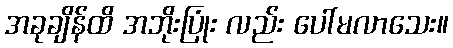
အခုချိန်ထိ အဘိုးပြုံး လည်း ပေါ်မလာသေး။